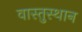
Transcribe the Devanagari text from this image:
वास्तुस्थान